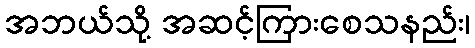
အဘယ်သို့ အဆင့်ကြားစေသနည်း၊